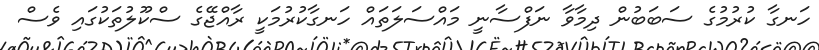
ހަނގާ ކުރުމުގެ ސަބަބުން ދިމާވާ ނަފްސާނީ މައްސަލަތައް ހަނގާކުރުމަކީ ރާއްޖޭގެ ސްކޫލުތަކުގައި ވެސް